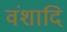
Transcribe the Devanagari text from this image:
वंशादि